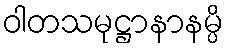
ဝါတသမုဋ္ဌာနာနမ္ပိ